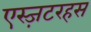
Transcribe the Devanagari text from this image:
एस्ज़टरहस